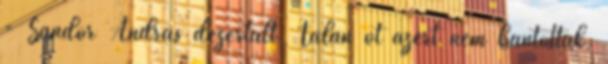
- Sándor András dezer­tált. Talán őt azért nem bántották,